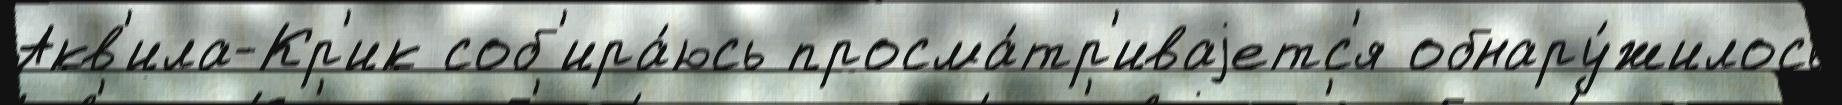
Акв'ила-Кр'ик соб'ира́юсь просма́тр'иваjетс'я обнару́жилось